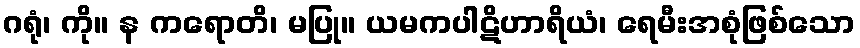
ဂရုံ၊ ကို။ န ကရောတိ၊ မပြု။ ယမကပါဋိဟာရိယံ၊ ရေမီးအစုံဖြစ်သော